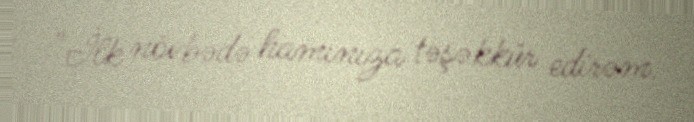
"İlk növbədə hamınıza təşəkkür edirəm.